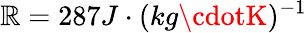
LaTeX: \mathbb{R}=287J\cdot(kg\cdotK)^{-1}